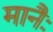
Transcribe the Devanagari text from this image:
मानैः